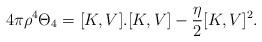
\begin{align*}4\pi\rho^{4}\Theta_{4}=[K,V].[K,V]-\frac{\eta}{2}[K,V]^{2}.\end{align*}